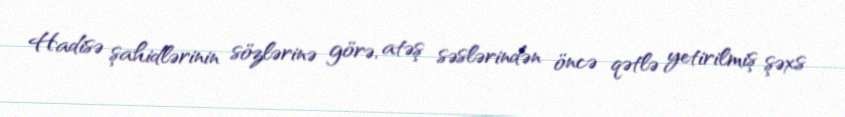
Hadisə şahidlərinin sözlərinə görə, atəş səslərindən öncə qətlə yetirilmiş şəxs